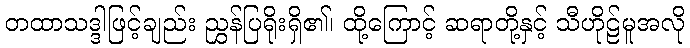
တထာသဒ္ဒါဖြင့်ချည်း ညွှန်ပြရိုးရှိ၏၊ ထို့ကြောင့် ဆရာတို့နှင့် သီဟိုဠ်မူအလို